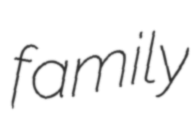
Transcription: family